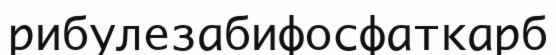
рибулезабифосфаткарб